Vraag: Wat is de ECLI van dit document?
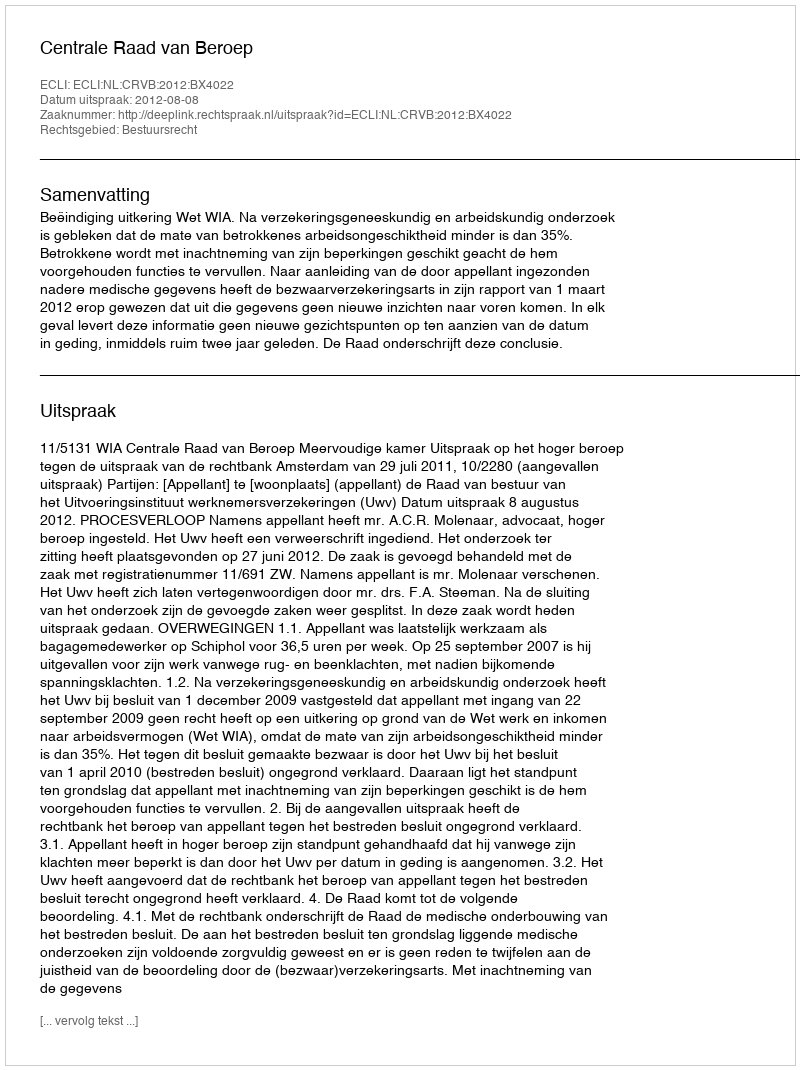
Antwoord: ECLI:NL:CRVB:2012:BX4022